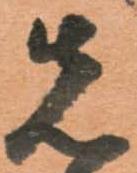
先